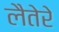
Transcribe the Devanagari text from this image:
लैतेरे